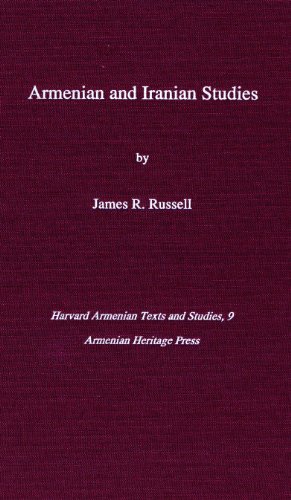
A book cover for Armenian and Iranian Studies (Harvard Armenian Texts and Studies); James R. Russell; Religion & Spirituality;